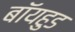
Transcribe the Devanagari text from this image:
बॉयहुड